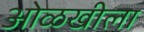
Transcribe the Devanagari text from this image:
ओळखीला